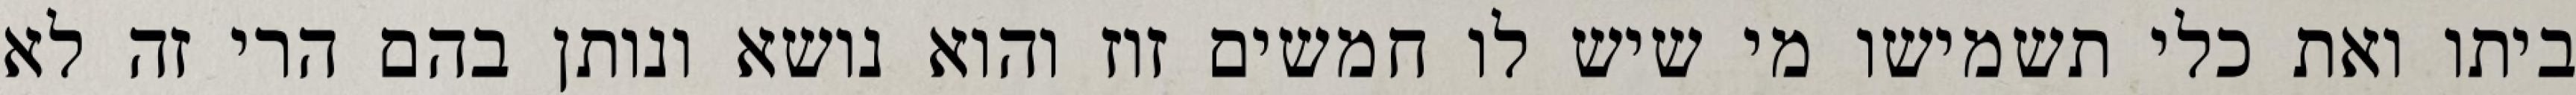
ביתו ואת כלי תשמישו מי שיש לו חמשים זוז והוא נושא ונותן בהם הרי זה לא